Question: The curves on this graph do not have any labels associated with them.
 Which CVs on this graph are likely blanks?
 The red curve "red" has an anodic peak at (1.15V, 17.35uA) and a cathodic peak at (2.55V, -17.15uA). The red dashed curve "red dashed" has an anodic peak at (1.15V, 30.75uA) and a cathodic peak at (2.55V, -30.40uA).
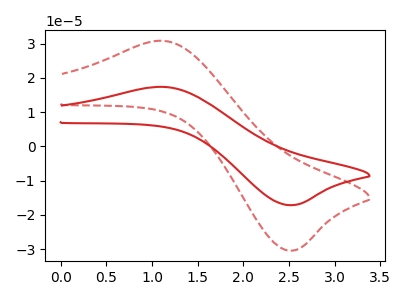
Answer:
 <answer>There are not any CV's on this graph that are likely to be blanks.</answer>
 <eval>none</eval>